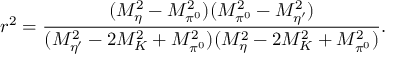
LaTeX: r ^ { 2 } = \frac { ( M _ { \eta } ^ { 2 } - M _ { \pi ^ { 0 } } ^ { 2 } ) ( M _ { \pi ^ { 0 } } ^ { 2 } - M _ { \eta ^ { \prime } } ^ { 2 } ) } { ( M _ { \eta ^ { \prime } } ^ { 2 } - 2 M _ { K } ^ { 2 } + M _ { \pi ^ { 0 } } ^ { 2 } ) ( M _ { \eta } ^ { 2 } - 2 M _ { K } ^ { 2 } + M _ { \pi ^ { 0 } } ^ { 2 } ) } .